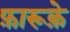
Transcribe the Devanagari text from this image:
फ़ारूक़े